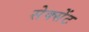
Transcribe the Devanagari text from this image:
सेक्सेंट